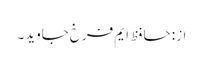
از: حافظ ایم فرخ جاوید۔